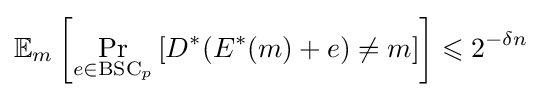
\mathbb {E} _{m}\left[\Pr _{e\in {\text{BSC}}_{p}}\left[D^{*}(E^{*}(m)+e)\neq m\right]\right]\leqslant 2^{-\delta n}